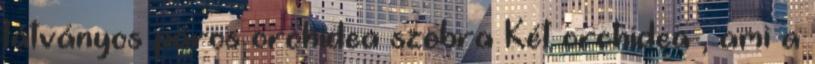
látványos páros orchidea szobra Két orchidea , ami a